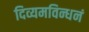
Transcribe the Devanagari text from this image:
दिव्यमविन्धनं